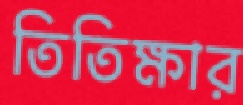
তিতিক্ষার